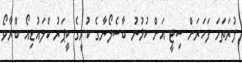
ފުރަތަމަ ފަހަރަށް ސިޓީ އަށް ކުޅުނު ބާސެލޯނާގެ ކުރީގެ ކީޕަރު ކްލައުޑިއޯ ބްރާވޯ